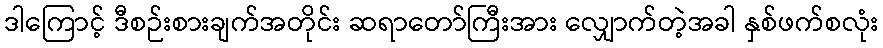
ဒါကြောင့် ဒီစဉ်းစားချက်အတိုင်း ဆရာတော်ကြီးအား လျှောက်တဲ့အခါ နှစ်ဖက်စလုံး